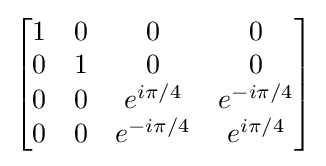
{\begin{bmatrix}1&0&0&0\\0&1&0&0\\0&0&e^{i\pi /4}&e^{-i\pi /4}\\0&0&e^{-i\pi /4}&e^{i\pi /4}\end{bmatrix}}